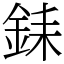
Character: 銇